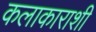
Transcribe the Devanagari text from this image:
कलाकाराशी